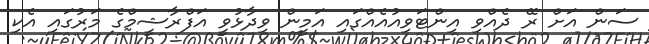
ސަން އަށް ރޭ ދެއްވި އިންޓަވިއުއެއްގައި އަމީން ވިދާޅުވީ އަފްރާޝީމްގެ މަރުގައި އެކި